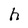
Character: h